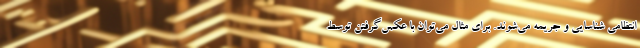
انتظامی شناسایی و جریمه می‌شوند. برای مثال می‌توان با عکس‌گرفتن توسط